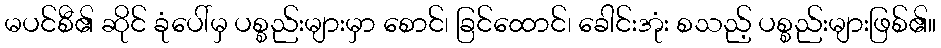
မပင်စီ၏ ဆိုင် ခုံပေါ်မှ ပစ္စည်းများမှာ စောင်၊ ခြင်ထောင်၊ ခေါင်းအုံး စသည့် ပစ္စည်းများဖြစ်၏။